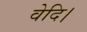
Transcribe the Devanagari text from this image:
वेदि।